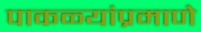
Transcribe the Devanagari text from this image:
पाकळ्यांप्रमाणे